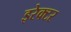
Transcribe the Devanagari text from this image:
इरेक्टर